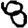
Digit: 8